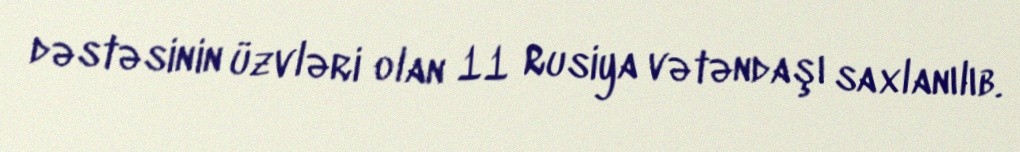
dəstəsinin üzvləri olan 11 Rusiya vətəndaşı saxlanılıb.